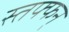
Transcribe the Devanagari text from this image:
स्तफ्फन्